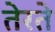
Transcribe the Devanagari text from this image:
तेरते